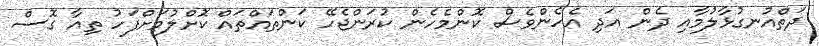
ދަތްއުނގުޅާލުމާއި ދެން އަދި އެހެންވެސް ކޮންމެހެން ކުރަންޖެހޭ ކަންތައްތައް ކޮށްލުމަށްފަހު ތިއާ ގޮސް